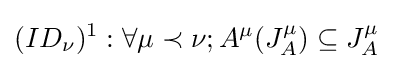
(ID_{\nu })^{1}:\forall \mu \prec \nu ;A^{\mu }(J_{A}^{\mu })\subseteq J_{A}^{\mu }